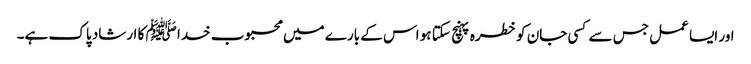
اور ایسا عمل جس سے کسی جان کو خطرہ پہنچ سکتا ہو اس کے بارے میں محبوب خدا ﷺ کا ارشاد پاک ہے۔